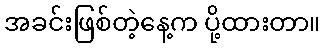
အခင်းဖြစ်တဲ့နေ့က ပို့ထားတာ။